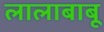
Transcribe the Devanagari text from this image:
लालाबाबू